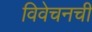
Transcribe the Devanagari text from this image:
विवेचनची